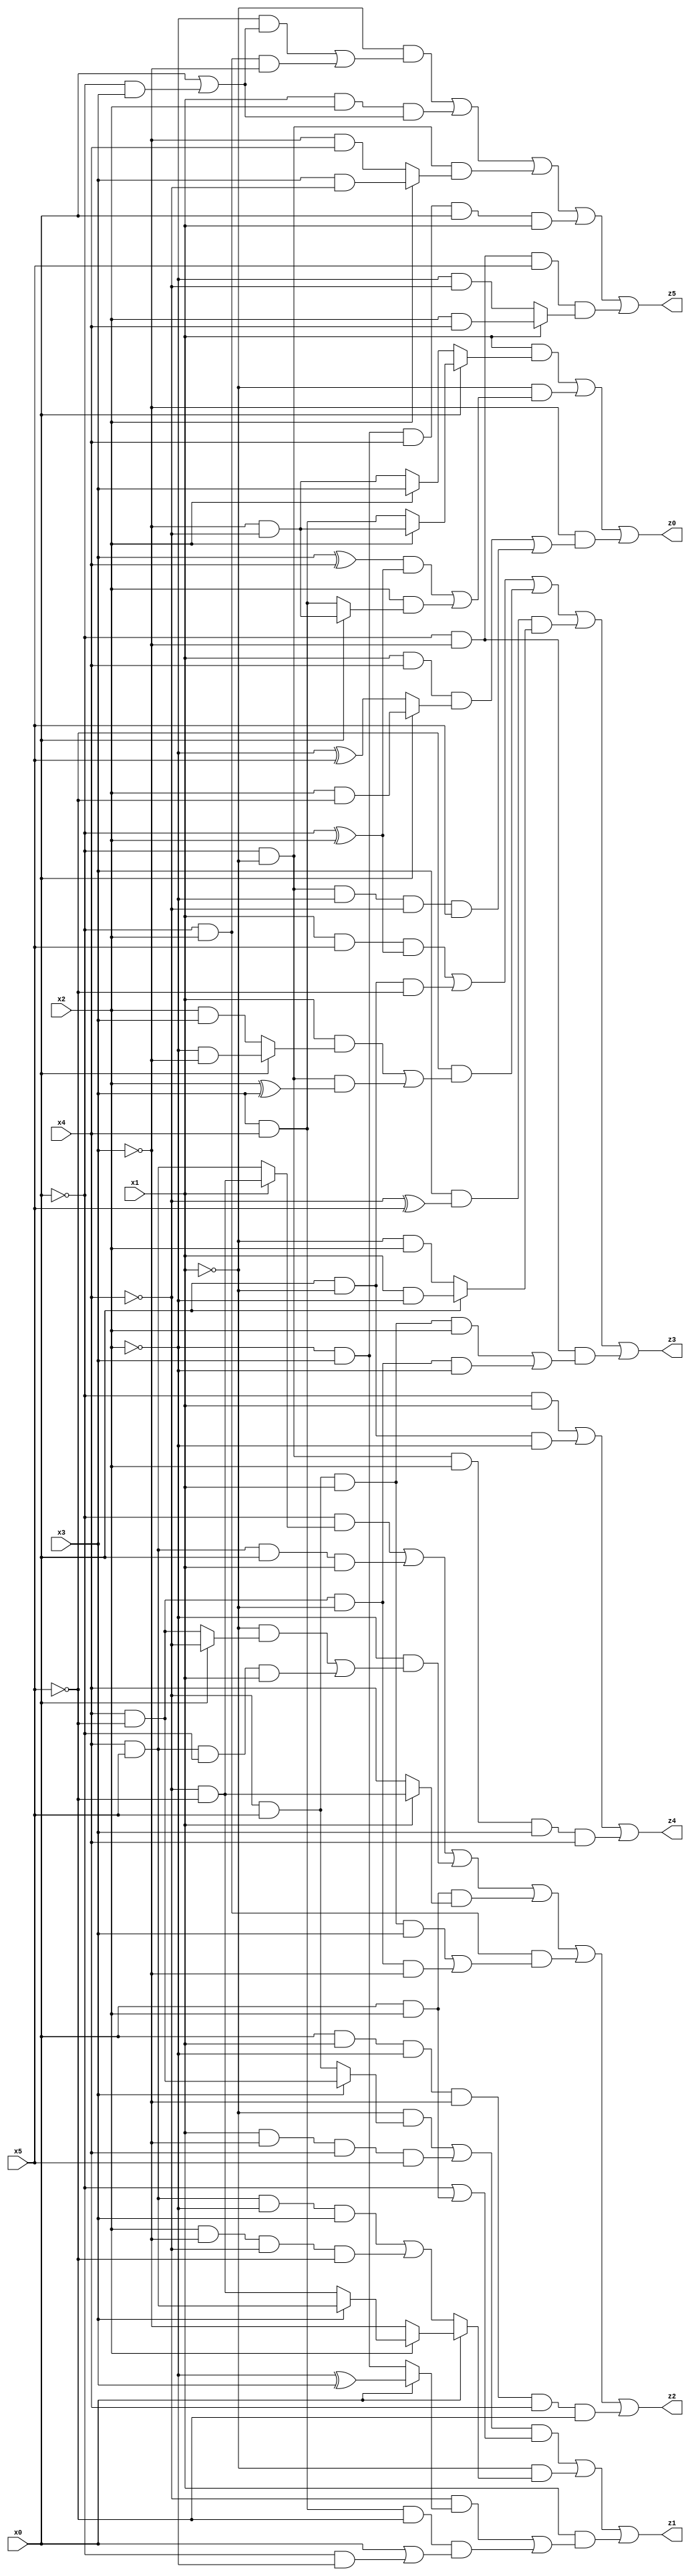
// Benchmark "X_75" written by ABC on Wed Jun 07 23:43:01 2023

module X_75 ( 
    x0, x1, x2, x3, x4, x5,
    z0, z1, z2, z3, z4, z5  );
  input  x0, x1, x2, x3, x4, x5;
  output z0, z1, z2, z3, z4, z5;
  assign z0 = (x1 & (x0 ? (x2 ? (~x3 & ~x4) : (x3 & x4)) : (x2 ? x3 : (~x3 & ~x4)))) | (~x1 & (((x3 ^ x4) & (~x0 ^ x2)) | (x2 & (x0 ? (~x3 & ~x4) : (x3 & x4))))) | (~x3 & ((x1 & x4 & (x0 ? (x2 & ~x5) : (~x2 ^ x5))) | (~x0 & ~x1 & ~x2 & ~x4 & x5)));
  assign z1 = (((~x1 & (x3 ? (x4 & ~x5) : (~x4 & x5))) | (x1 & ~x3 & x4 & x5)) & (~x0 | (x0 & x2))) | (~x1 & (x0 ? (x2 ? (x3 ? (x4 & x5) : (~x4 & ~x5)) : ~x3) : ((x4 & x5 & ~x2 & x3) | (x2 & ~x3 & ~x4 & ~x5)))) | (x1 & ((~x4 & (x0 ? (~x2 ^ x3) : (~x2 & x3))) | (x3 & x4 & ~x5 & (x0 | (~x0 & ~x2)))));
  assign z2 = (~x0 & (x1 ? (~x4 & ~x5) : (x4 & x5))) | (x4 & x5 & x0 & x1) | (~x2 & ((~x1 & (x0 ? ~x4 : (x4 & ~x5))) | (x4 & x5 & ~x0 & x1))) | (x0 & x2 & (x1 ? (~x4 & ~x5) : x4)) | (~x0 & x2 & ((~x4 & x5 & x1 & x3) | (x4 & ~x5 & ~x1 & ~x3))) | (x0 & x1 & ~x2 & ~x3 & x4 & ~x5);
  assign z3 = (x1 & x5 & (~x0 ^ x2)) | (x0 & ~x1 & ~x5) | (~x5 & ((x1 & (x0 ? (~x2 & ~x3) : (x2 & x3))) | (~x0 & ~x1 & (x2 ^ x3)))) | (x3 & (~x4 ^ x5) & (x0 ? (x1 & ~x2) : (~x1 & x2))) | (~x0 & ~x3 & ((~x4 & x5 & x1 & x2) | (x4 & ~x5 & ~x1 & ~x2)));
  assign z4 = (~x0 & x1) | (x0 & ~x1 & ~x2) | (~x0 & ~x1 & x2 & x3 & x4);
  assign z5 = (~x1 & ((~x2 & (x0 | (~x0 & x3))) | (~x0 & x2 & ~x3))) | (x1 & x2 & (x0 | (~x0 & x3))) | (~x0 & ~x1 & (x2 ? (x3 & ~x4) : (~x3 & x4))) | (~x2 & x3 & x4 & x0 & x1) | (~x0 & ~x3 & x5 & (x1 ? (x2 & x4) : (~x2 & ~x4)));
endmodule